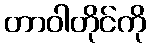
တာဝါတိုင်ကို